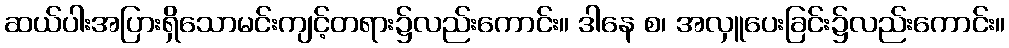
ဆယ်ပါးအပြားရှိသောမင်းကျင့်တရား၌လည်းကောင်း။ ဒါနေ စ၊ အလှူပေးခြင်း၌လည်းကောင်း။